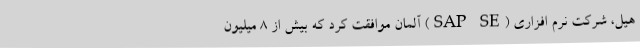
هیل، شرکت نرم افزاری (SAP SE) آلمان موافقت کرد که بیش از ۸ میلیون